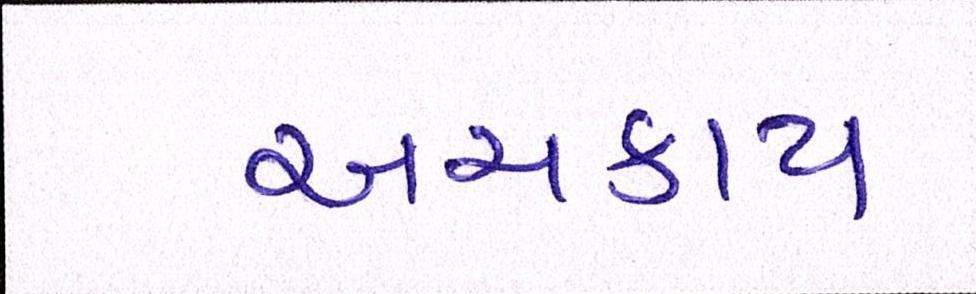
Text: અચકાય